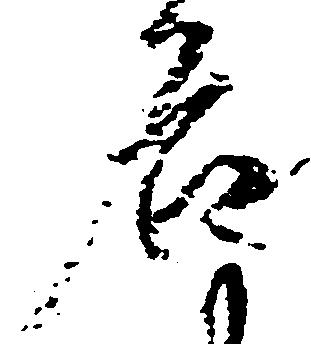
名